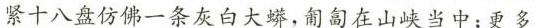
紧十八盘仿佛一条灰白大蟒,匍匐在山峡当中;更多